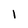
Character: 1